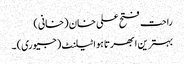
راحت فتح علی خان (خانی)
بہترین ابھرتا ہوا ٹیلنٹ (جیوری) ۔